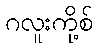
ဂလူးကို့စ်